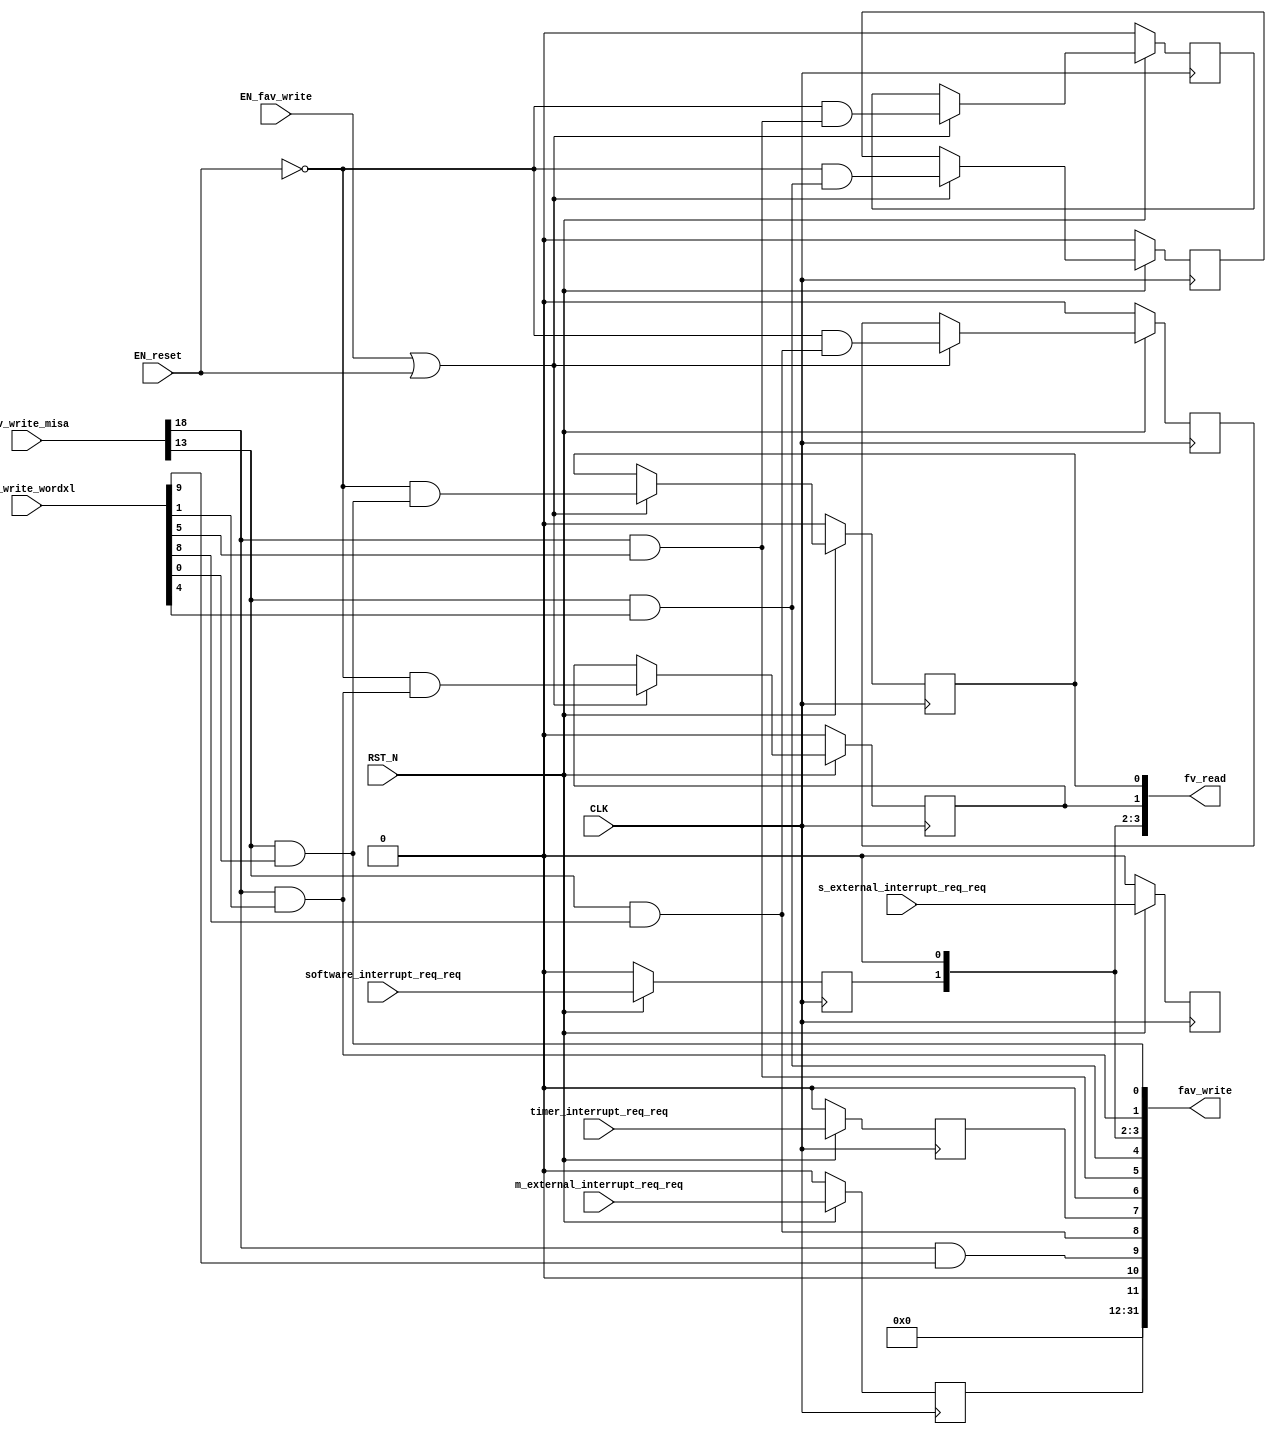
//
// Generated by Bluespec Compiler, version 2019.05.beta2 (build a88bf40db, 2019-05-24)
//
//
//
//
// Ports:
// Name                         I/O  size props
// fv_read                        O    32
// fav_write                      O    32
// CLK                            I     1 clock
// RST_N                          I     1 reset
// fav_write_misa                 I    28
// fav_write_wordxl               I    32
// m_external_interrupt_req_req   I     1 reg
// s_external_interrupt_req_req   I     1 reg
// software_interrupt_req_req     I     1 reg
// timer_interrupt_req_req        I     1 reg
// EN_reset                       I     1
// EN_fav_write                   I     1
//
// Combinational paths from inputs to outputs:
//   (fav_write_misa, fav_write_wordxl) -> fav_write
//
//

`ifdef BSV_ASSIGNMENT_DELAY
`else
  `define BSV_ASSIGNMENT_DELAY
`endif

`ifdef BSV_POSITIVE_RESET
  `define BSV_RESET_VALUE 1'b1
  `define BSV_RESET_EDGE posedge
`else
  `define BSV_RESET_VALUE 1'b0
  `define BSV_RESET_EDGE negedge
`endif

module mkCSR_MIP(CLK,
		 RST_N,

		 EN_reset,

		 fv_read,

		 fav_write_misa,
		 fav_write_wordxl,
		 EN_fav_write,
		 fav_write,

		 m_external_interrupt_req_req,

		 s_external_interrupt_req_req,

		 software_interrupt_req_req,

		 timer_interrupt_req_req);
  input  CLK;
  input  RST_N;

  // action method reset
  input  EN_reset;

  // value method fv_read
  output [31 : 0] fv_read;

  // actionvalue method fav_write
  input  [27 : 0] fav_write_misa;
  input  [31 : 0] fav_write_wordxl;
  input  EN_fav_write;
  output [31 : 0] fav_write;

  // action method m_external_interrupt_req
  input  m_external_interrupt_req_req;

  // action method s_external_interrupt_req
  input  s_external_interrupt_req_req;

  // action method software_interrupt_req
  input  software_interrupt_req_req;

  // action method timer_interrupt_req
  input  timer_interrupt_req_req;

  // signals for module outputs
  wire [31 : 0] fav_write, fv_read;

  // register rg_meip
  reg rg_meip;
  wire rg_meip$D_IN, rg_meip$EN;

  // register rg_msip
  reg rg_msip;
  wire rg_msip$D_IN, rg_msip$EN;

  // register rg_mtip
  reg rg_mtip;
  wire rg_mtip$D_IN, rg_mtip$EN;

  // register rg_seip
  reg rg_seip;
  wire rg_seip$D_IN, rg_seip$EN;

  // register rg_ssip
  reg rg_ssip;
  wire rg_ssip$D_IN, rg_ssip$EN;

  // register rg_stip
  reg rg_stip;
  wire rg_stip$D_IN, rg_stip$EN;

  // register rg_ueip
  reg rg_ueip;
  wire rg_ueip$D_IN, rg_ueip$EN;

  // register rg_usip
  reg rg_usip;
  wire rg_usip$D_IN, rg_usip$EN;

  // register rg_utip
  reg rg_utip;
  wire rg_utip$D_IN, rg_utip$EN;

  // rule scheduling signals
  wire CAN_FIRE_fav_write,
       CAN_FIRE_m_external_interrupt_req,
       CAN_FIRE_reset,
       CAN_FIRE_s_external_interrupt_req,
       CAN_FIRE_software_interrupt_req,
       CAN_FIRE_timer_interrupt_req,
       WILL_FIRE_fav_write,
       WILL_FIRE_m_external_interrupt_req,
       WILL_FIRE_reset,
       WILL_FIRE_s_external_interrupt_req,
       WILL_FIRE_software_interrupt_req,
       WILL_FIRE_timer_interrupt_req;

  // remaining internal signals
  wire [11 : 0] new_mip__h524, new_mip__h942;
  wire seip__h558, ssip__h562, stip__h560, ueip__h559, usip__h563, utip__h561;

  // action method reset
  assign CAN_FIRE_reset = 1'd1 ;
  assign WILL_FIRE_reset = EN_reset ;

  // value method fv_read
  assign fv_read = { 20'd0, new_mip__h524 } ;

  // actionvalue method fav_write
  assign fav_write = { 20'd0, new_mip__h942 } ;
  assign CAN_FIRE_fav_write = 1'd1 ;
  assign WILL_FIRE_fav_write = EN_fav_write ;

  // action method m_external_interrupt_req
  assign CAN_FIRE_m_external_interrupt_req = 1'd1 ;
  assign WILL_FIRE_m_external_interrupt_req = 1'd1 ;

  // action method s_external_interrupt_req
  assign CAN_FIRE_s_external_interrupt_req = 1'd1 ;
  assign WILL_FIRE_s_external_interrupt_req = 1'd1 ;

  // action method software_interrupt_req
  assign CAN_FIRE_software_interrupt_req = 1'd1 ;
  assign WILL_FIRE_software_interrupt_req = 1'd1 ;

  // action method timer_interrupt_req
  assign CAN_FIRE_timer_interrupt_req = 1'd1 ;
  assign WILL_FIRE_timer_interrupt_req = 1'd1 ;

  // register rg_meip
  assign rg_meip$D_IN = m_external_interrupt_req_req ;
  assign rg_meip$EN = 1'b1 ;

  // register rg_msip
  assign rg_msip$D_IN = software_interrupt_req_req ;
  assign rg_msip$EN = 1'b1 ;

  // register rg_mtip
  assign rg_mtip$D_IN = timer_interrupt_req_req ;
  assign rg_mtip$EN = 1'b1 ;

  // register rg_seip
  assign rg_seip$D_IN = s_external_interrupt_req_req ;
  assign rg_seip$EN = 1'b1 ;

  // register rg_ssip
  assign rg_ssip$D_IN = !EN_reset && ssip__h562 ;
  assign rg_ssip$EN = EN_fav_write || EN_reset ;

  // register rg_stip
  assign rg_stip$D_IN = !EN_reset && stip__h560 ;
  assign rg_stip$EN = EN_fav_write || EN_reset ;

  // register rg_ueip
  assign rg_ueip$D_IN = !EN_reset && ueip__h559 ;
  assign rg_ueip$EN = EN_fav_write || EN_reset ;

  // register rg_usip
  assign rg_usip$D_IN = !EN_reset && usip__h563 ;
  assign rg_usip$EN = EN_fav_write || EN_reset ;

  // register rg_utip
  assign rg_utip$D_IN = !EN_reset && utip__h561 ;
  assign rg_utip$EN = EN_fav_write || EN_reset ;

  // remaining internal signals
  assign new_mip__h524 =
	     { rg_meip,
	       1'b0,
	       rg_seip,
	       rg_ueip,
	       rg_mtip,
	       1'b0,
	       rg_stip,
	       rg_utip,
	       rg_msip,
	       1'b0,
	       rg_ssip,
	       rg_usip } ;
  assign new_mip__h942 =
	     { rg_meip,
	       1'b0,
	       seip__h558,
	       ueip__h559,
	       rg_mtip,
	       1'b0,
	       stip__h560,
	       utip__h561,
	       rg_msip,
	       1'b0,
	       ssip__h562,
	       usip__h563 } ;
  assign seip__h558 = fav_write_misa[18] && fav_write_wordxl[9] ;
  assign ssip__h562 = fav_write_misa[18] && fav_write_wordxl[1] ;
  assign stip__h560 = fav_write_misa[18] && fav_write_wordxl[5] ;
  assign ueip__h559 = fav_write_misa[13] && fav_write_wordxl[8] ;
  assign usip__h563 = fav_write_misa[13] && fav_write_wordxl[0] ;
  assign utip__h561 = fav_write_misa[13] && fav_write_wordxl[4] ;

  // handling of inlined registers

  always@(posedge CLK)
  begin
    if (RST_N == `BSV_RESET_VALUE)
      begin
        rg_meip <= `BSV_ASSIGNMENT_DELAY 1'd0;
	rg_msip <= `BSV_ASSIGNMENT_DELAY 1'd0;
	rg_mtip <= `BSV_ASSIGNMENT_DELAY 1'd0;
	rg_seip <= `BSV_ASSIGNMENT_DELAY 1'd0;
	rg_ssip <= `BSV_ASSIGNMENT_DELAY 1'd0;
	rg_stip <= `BSV_ASSIGNMENT_DELAY 1'd0;
	rg_ueip <= `BSV_ASSIGNMENT_DELAY 1'd0;
	rg_usip <= `BSV_ASSIGNMENT_DELAY 1'd0;
	rg_utip <= `BSV_ASSIGNMENT_DELAY 1'd0;
      end
    else
      begin
        if (rg_meip$EN) rg_meip <= `BSV_ASSIGNMENT_DELAY rg_meip$D_IN;
	if (rg_msip$EN) rg_msip <= `BSV_ASSIGNMENT_DELAY rg_msip$D_IN;
	if (rg_mtip$EN) rg_mtip <= `BSV_ASSIGNMENT_DELAY rg_mtip$D_IN;
	if (rg_seip$EN) rg_seip <= `BSV_ASSIGNMENT_DELAY rg_seip$D_IN;
	if (rg_ssip$EN) rg_ssip <= `BSV_ASSIGNMENT_DELAY rg_ssip$D_IN;
	if (rg_stip$EN) rg_stip <= `BSV_ASSIGNMENT_DELAY rg_stip$D_IN;
	if (rg_ueip$EN) rg_ueip <= `BSV_ASSIGNMENT_DELAY rg_ueip$D_IN;
	if (rg_usip$EN) rg_usip <= `BSV_ASSIGNMENT_DELAY rg_usip$D_IN;
	if (rg_utip$EN) rg_utip <= `BSV_ASSIGNMENT_DELAY rg_utip$D_IN;
      end
  end

  // synopsys translate_off
  `ifdef BSV_NO_INITIAL_BLOCKS
  `else // not BSV_NO_INITIAL_BLOCKS
  initial
  begin
    rg_meip = 1'h0;
    rg_msip = 1'h0;
    rg_mtip = 1'h0;
    rg_seip = 1'h0;
    rg_ssip = 1'h0;
    rg_stip = 1'h0;
    rg_ueip = 1'h0;
    rg_usip = 1'h0;
    rg_utip = 1'h0;
  end
  `endif // BSV_NO_INITIAL_BLOCKS
  // synopsys translate_on
endmodule  // mkCSR_MIP